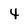
Character: 4